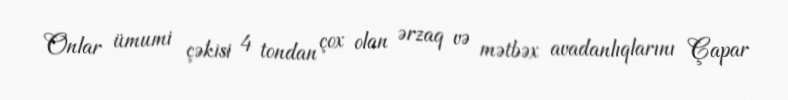
Onlar ümumi çəkisi 4 tondan çox olan ərzaq və mətbəx avadanlıqlarını Çapar